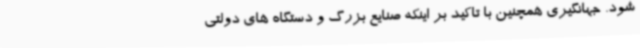
شود. جهانگیری همچنین با تاکید بر اینکه صنایع بزرگ و دستگاه های دولتی